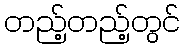
တည့်တည့်တွင်